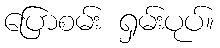
ပြောစမ်း ရှမ်းပုပ်။